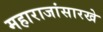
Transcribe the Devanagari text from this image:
महाराजांसारखे